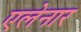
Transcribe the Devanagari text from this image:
एलेनार